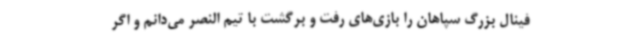
فینال بزرگ سپاهان را بازی‌های رفت و برگشت با تیم النصر می‌دانم و اگر